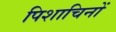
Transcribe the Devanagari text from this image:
पिशाचिनों